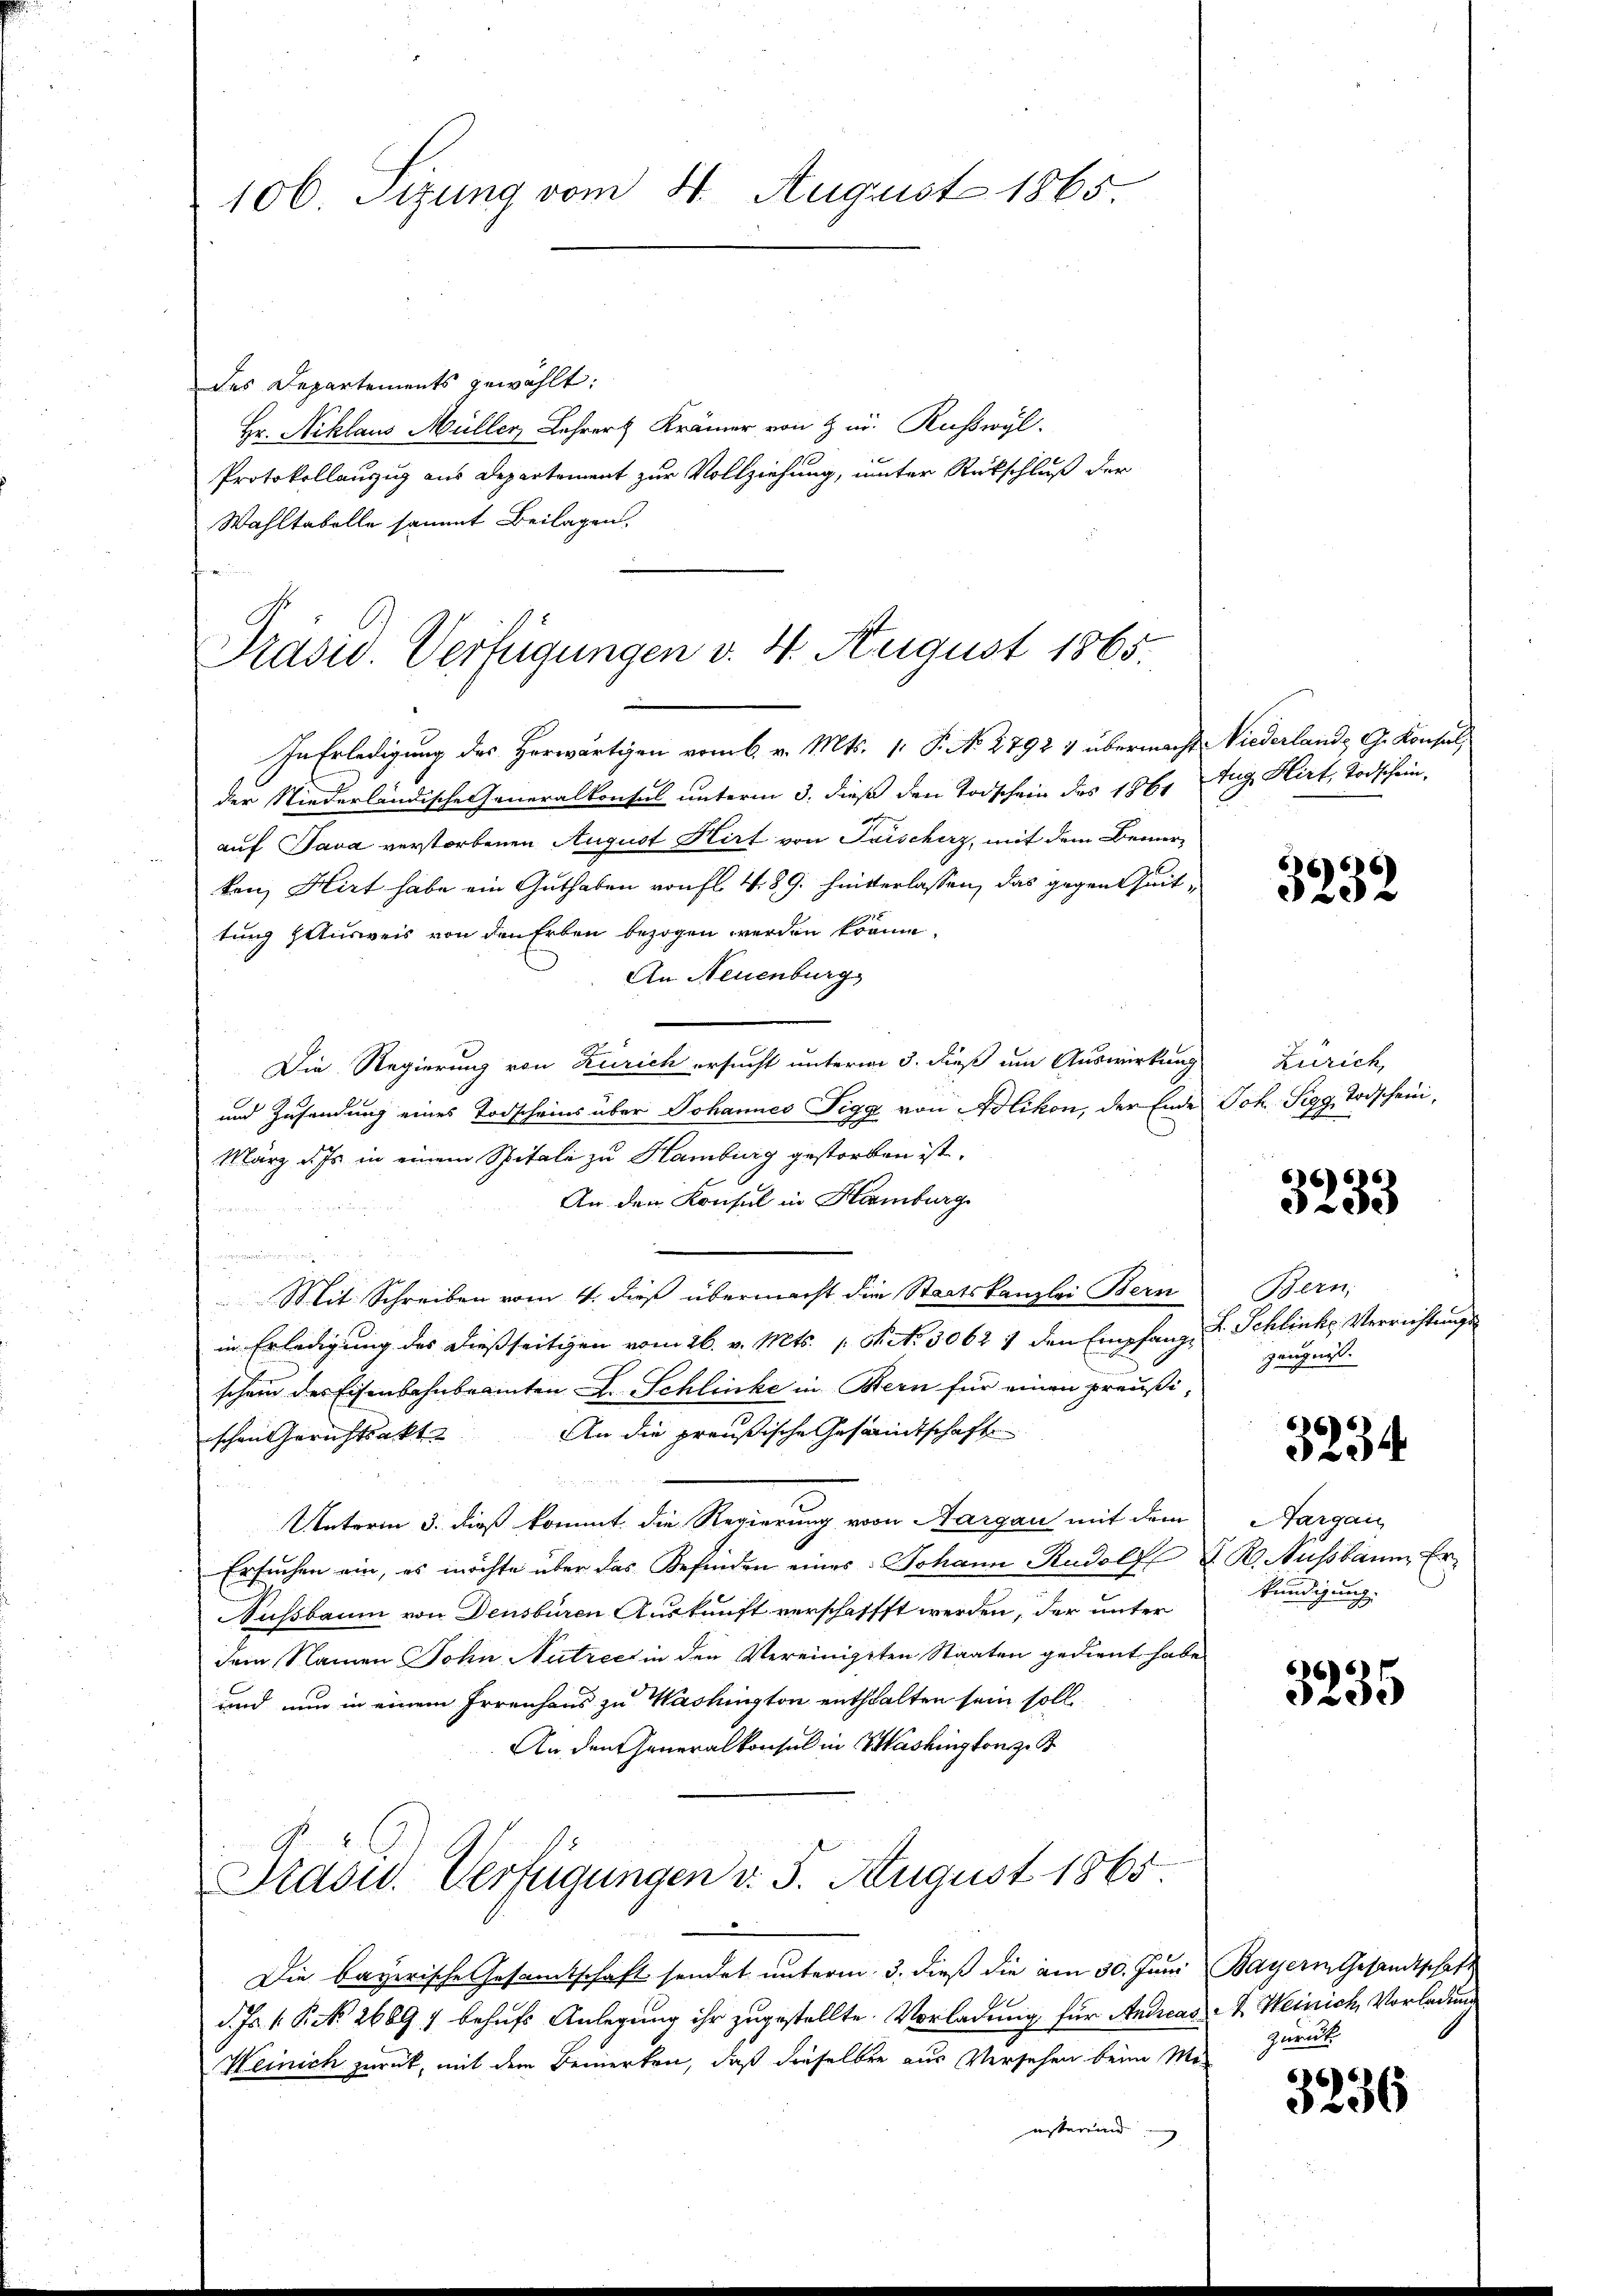
106. Sizung vom 4. August 1865.

des Departements gewählt:
Hr. Niklaus Müller Lehrer Krämer von zur Ruswyl.
Protokollauszug aus Departement zur Vollziehung, unter Rückschluß der
Wahltabelle sammt Beilagen.

Präsid. Verfügungen v. 4. August 1865.

In Erledigung des Herwärtigen vom 6. v. Mts. 1. P. N. 2792 & übermacht Niederlande G. Konsul
der Niederländische Generalkonsul unterm 3. dieß den Todschein des 1861 Aug. Hirt, Todschein
auf Java verstorbenen August Hirt von Frischerz, mit dem Bemerken, Hirt habe ein Guthaben von fl. 4. 89. hinterlassen, das gegentheit,
tung Ausweis von den Erben bezogen werden könne.
An Neuenburg,
Die Regierung von Zürich ersucht unterm 3. dieß um Auswirkung
und Zusendung eines Todscheins über Johannes Figa von Adlikon, der Ende Joh. Sigg, Todschein¬
März d. Js. in einem Spitale zu Hamburg gestorben ist.
An dem Konsul in Hamburg
u
e
Mit Schreiben vom 4. dieß übermacht die Staatskanzlei Bern
in Erledigung des dießseitigen vom 26. v. Mts. 1. P. Nr. 5062 1 den Empfang S. Schlinke Verrichtungs
schein des Eisenbahnbeamten Dr. Schlinke in Bern für einen preußi¬
An die preußische Gesandtschaft
schen Gerichtsakt
Unterm 3. dieß kommt die Regierung von Aargau mit dem
Ersuchen ein, es möchte über das Befinden eines Johann Rudolf K. K. Ausbaum Er¬
Nussbaum von Densburen Auskunft verschafft werden, der unter
dem Namen John Nutzec in den Vereinigten Staaten gedient habe
und nun in einem Irrenhaus zu Washington enthalten sein soll
An den Generalkonsul in Washing konzes
Frasid. Verfügungen v. 5. August 1865.

Die bayerische Gesamtschaft sendet unterm 3. dieß die am 30. Juni Bayern Gesandtschaft
d. Js. v. P. Nr. 26897 behufs Anlegung ihr zugestellte Vorladung für Andreas J. Heinich Vorladung
Weinich zurück, mit dem Bemerken, daß dieselben aus Versehen beim Mi-
eistereind

3232

Zürich,

66)
583

Bern
zeugnis.

3234

Aargau
kündigung.

3235

Zurück

3236